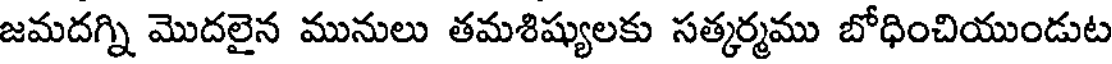
జమదగ్ని మొదలైన మునులు తమశిష్యులకు సత్కర్మము బోధించియుండుట